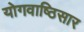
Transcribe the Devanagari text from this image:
योगवाष्ठिसार